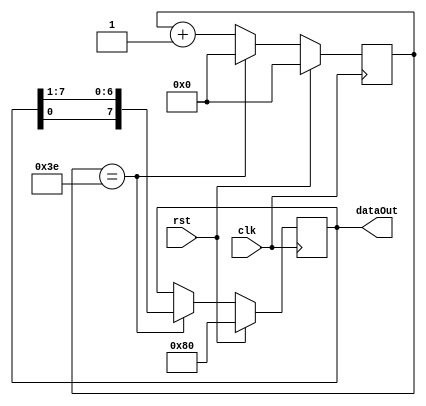
// Gksel can NAL
// S011827
module rotatingDot(clk, rst, dataOut);

input clk, rst;
output reg [7:0] dataOut;

reg [21:0] counter, counterNext;
reg [ 7:0] dataOutNext;

parameter COUNT = 22'h3F ;


always @(posedge clk) begin
	counter <= #1 counterNext;
	dataOut <= #1 dataOutNext;
end

always @(*) begin
	if(rst) begin
		dataOutNext = 8'b10000000; //8'h80
		counterNext = 0;
	end
	else if(counter == COUNT -1) begin
		dataOutNext = {dataOut[0], dataOut[7:1]};
		counterNext = 0;
	end
	else begin
		dataOutNext = dataOut;
		counterNext = counter + 1;
	end
end

endmodule